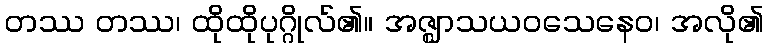
တဿ တဿ၊ ထိုထိုပုဂ္ဂိုလ်၏။ အဇ္ဈာသယဝသေနေဝ၊ အလို၏